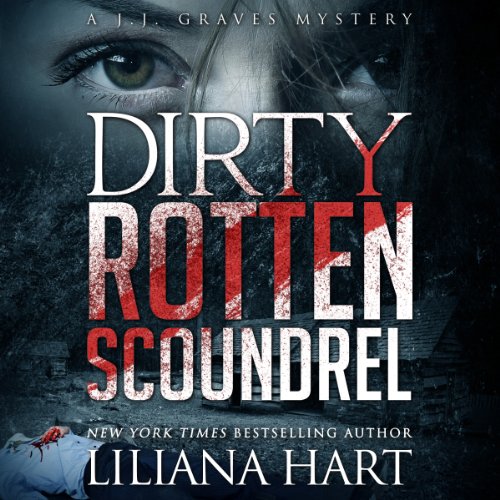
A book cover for Dirty Rotten Scoundrel: A J. J. Graves Mystery, Volume 3; Liliana Hart; Mystery, Thriller & Suspense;